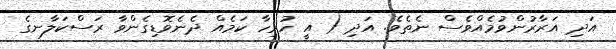
އަދި އަރާރުންވުމެއްވެސް ނެތެވެ. އަދި ( އީ ހުރިހާ ކަމެއް ދެނެވޮޑިގެންވާ ރަސްކަލާނގެ